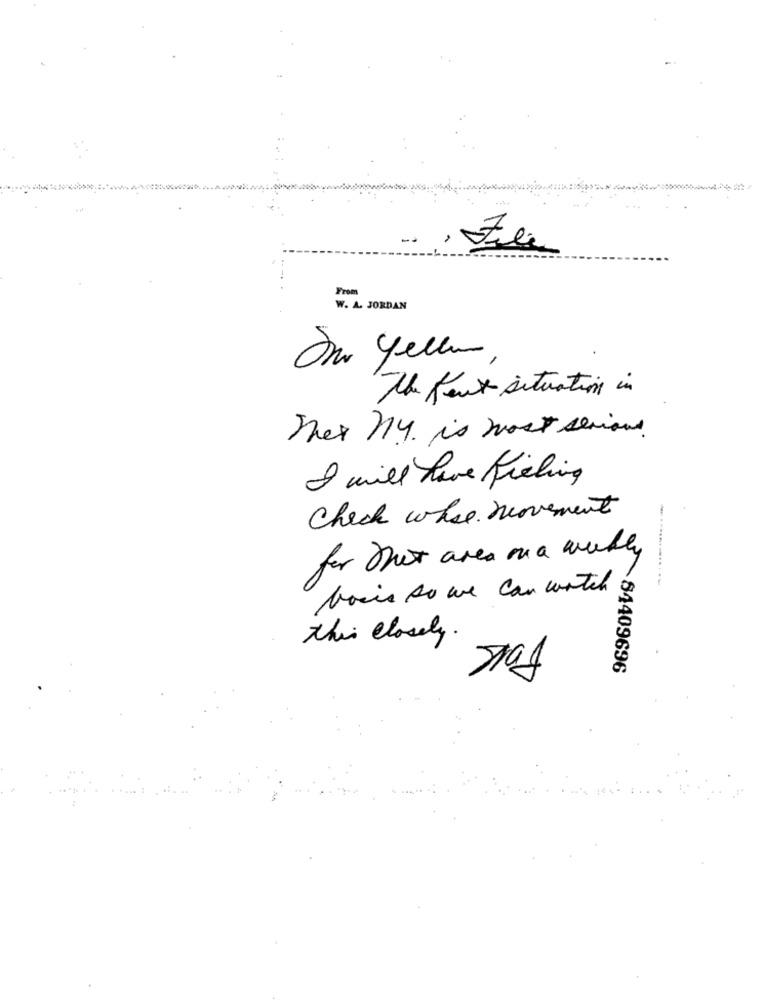
From
W. A. JORDAN
Du yellen,
The font situation in
They My. is most serious.
I will have fishing
Check who movement
for that area ona weekly
boxis so we can watch
this closely.
84409696